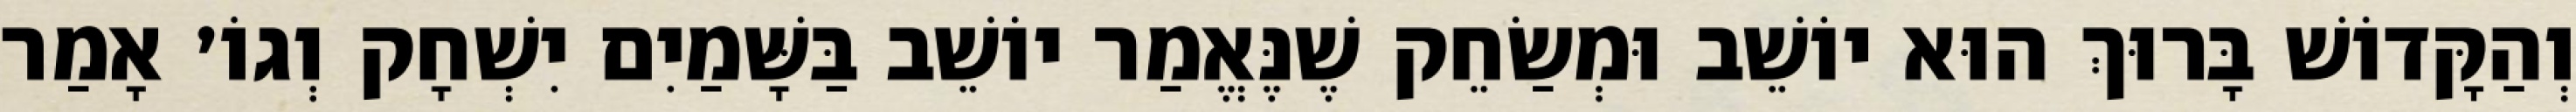
וְהַקָּדוֹשׁ בָּרוּךְ הוּא יוֹשֵׁב וּמְשַׂחֵק שֶׁנֶּאֱמַר יוֹשֵׁב בַּשָּׁמַיִם יִשְׁחָק וְגוֹ׳ אָמַר